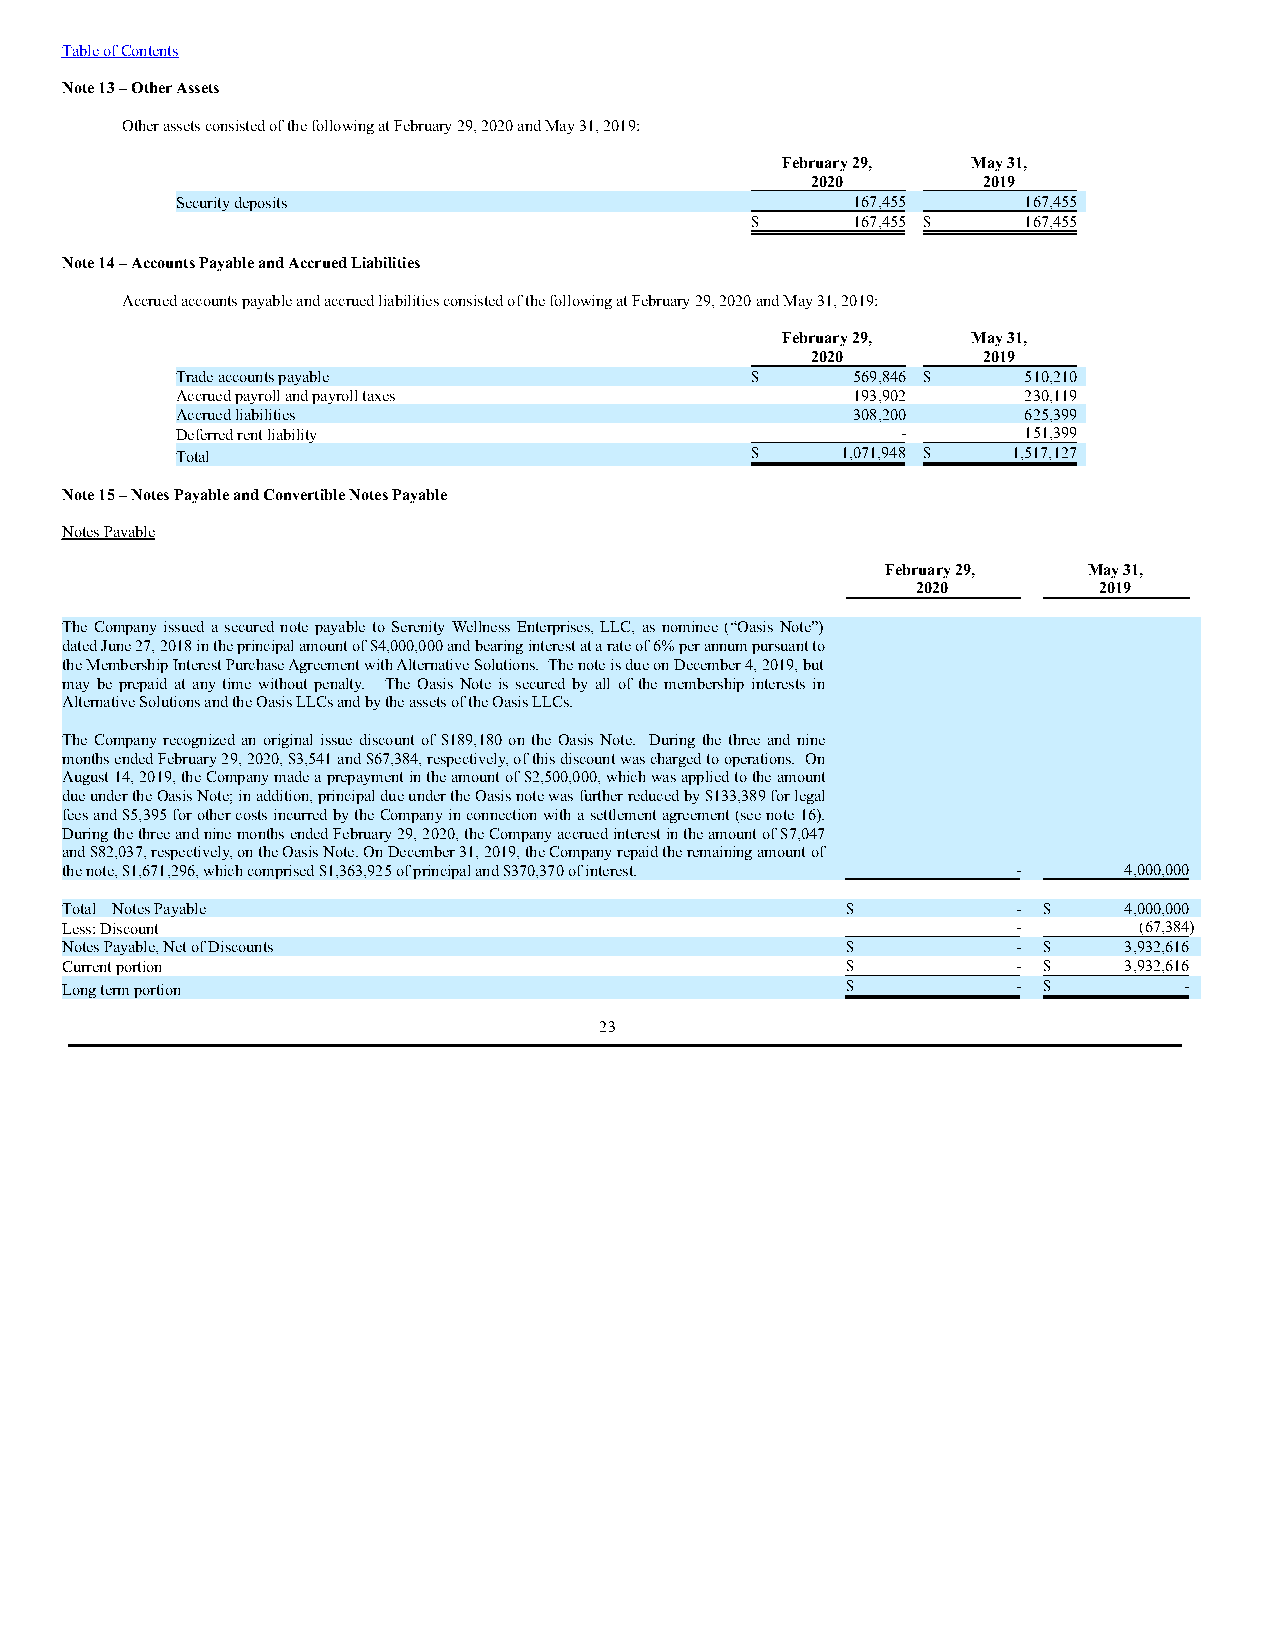
Table of Contents
 Note 13 – Other Assets
 Other assets consisted of the following at February 29, 2020 and May 31, 2019:
 February 29, May 31,
 2020       2019
 Security deposits                           167,455     167,455
 $     167,455 $   167,455
 Note 14 – Accounts Payable and Accrued Liabilities
 Accrued accounts payable and accrued liabilities consisted of the following at February 29, 2020 and May 31, 2019:
 February 29, May 31,
 2020       2019
 Trade accounts payable                $     569,846 $   510,210
 Accrued payroll and payroll taxes           193,902     230,119
 Accrued liabilities                         308,200     625,399
 Deferred rent liability                         -       151,399
 Total                                 $     1,071,948 $ 1,517,127
 Note 15 – Notes Payable and Convertible Notes Payable
 Notes Payable
 February 29, May 31,
 2020        2019
 The Company issued a secured note payable to Serenity Wellness Enterprises, LLC, as nominee (“Oasis Note”)
 dated June 27, 2018 in the principal amount of $4,000,000 and bearing interest at a rate of 6% per annum pursuant to
 the Membership Interest Purchase Agreement with Alternative Solutions. The note is due on December 4, 2019, but
 may be prepaid at any time without penalty. The Oasis Note is secured by all of the membership interests in
 Alternative Solutions and the Oasis LLCs and by the assets of the Oasis LLCs.
 The Company recognized an original issue discount of $189,180 on the Oasis Note. During the three and nine
 months ended February 29, 2020, $3,541 and $67,384, respectively, of this discount was charged to operations. On
 August 14, 2019, the Company made a prepayment in the amount of $2,500,000, which was applied to the amount
 due under the Oasis Note; in addition, principal due under the Oasis note was further reduced by $133,389 for legal
 fees and $5,395 for other costs incurred by the Company in connection with a settlement agreement (see note 16).
 During the three and nine months ended February 29, 2020, the Company accrued interest in the amount of $7,047
 and $82,037, respectively, on the Oasis Note. On December 31, 2019, the Company repaid the remaining amount of
 the note, $1,671,296, which comprised $1,363,925 of principal and $370,370 of interest. - 4,000,000
 Total – Notes Payable                               $          - $    4,000,000
 Less: Discount                                                 -       (67,384)
 Notes Payable, Net of Discounts                     $          - $    3,932,616
 Current portion                                     $          - $    3,932,616
 Long term portion                                   $          - $        -
 23